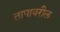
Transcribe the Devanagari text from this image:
तापावरील